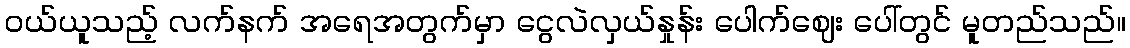
ဝယ်ယူသည့် လက်နက် အရေအတွက်မှာ ငွေလဲလှယ်နှုန်း ပေါက်ဈေး ပေါ်တွင် မူတည်သည်။